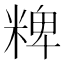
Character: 粺